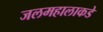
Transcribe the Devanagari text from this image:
जलमहालाकडे